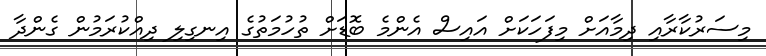
މިސަރުކާރާއި ދިމާއަށް މިފަހަކަށް އައިސް އެންމެ ބޮޑަށް ތުހުމަތުގެ އިނގިލި ދިއްކުރަމުން ގެންދާ